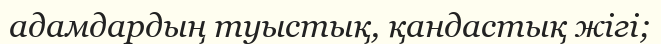
адамдардың туыстық, қандастық жігі;